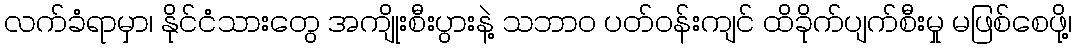
လက်ခံရာမှာ၊ နိုင်ငံသားတွေ အကျိုးစီးပွားနဲ့ သဘာ၀ ပတ်ဝန်းကျင် ထိခိုက်ပျက်စီးမှု မဖြစ်စေဖို့၊